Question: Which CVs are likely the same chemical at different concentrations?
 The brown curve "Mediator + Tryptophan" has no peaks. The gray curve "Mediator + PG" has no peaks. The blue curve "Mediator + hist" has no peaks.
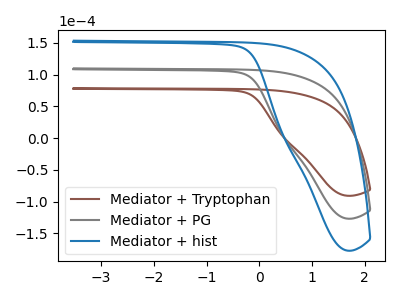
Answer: <think>Neither "Mediator + Tryptophan" or "Mediator + PG" have any peaks. Neither "Mediator + Tryptophan" or "Mediator + hist" have any peaks. Neither "Mediator + PG" or "Mediator + hist" have any peaks.
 </think>
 <answer>"Mediator + Tryptophan", "Mediator + PG" and "Mediator + hist" have the same shape and are likely CV's of the same chemical.</answer>
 <eval>"Mediator + Tryptophan" "Mediator + PG" "Mediator + hist"</eval>